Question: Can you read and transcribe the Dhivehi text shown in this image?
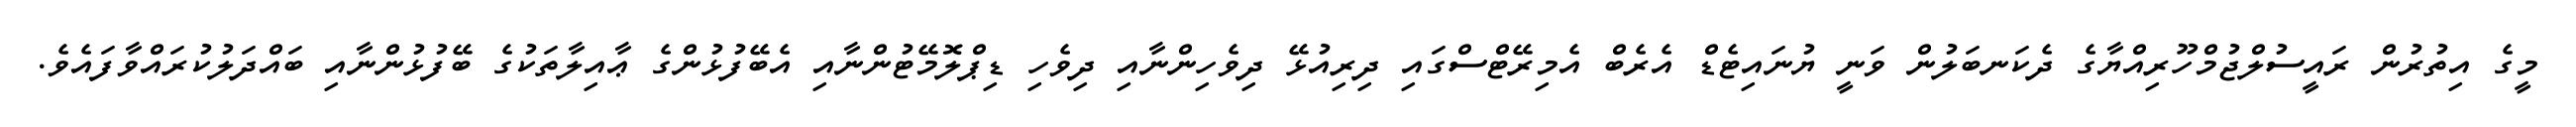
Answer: މީގެ އިތުރުން ރައީސުލްޖުމްހޫރިއްޔާގެ ދެކަނބަލުން ވަނީ ޔުނައިޓެޑް އެރެބް އެމިރޭޓްސްގައި ދިރިއުޅޭ ދިވެހިންނާއި ދިވެހި ޑިޕްލޮމޭޓުންނާއި އެބޭފުޅުންގެ ޢާއިލާތަކުގެ ބޭފުޅުންނާއި ބައްދަލުކުރައްވާފައެވެ.